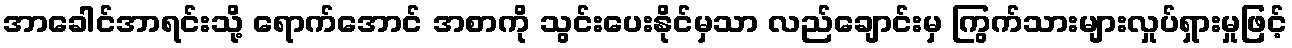
အာခေါင်အာရင်းသို့ ရောက်အောင် အစာကို သွင်းပေးနိုင်မှသာ လည်ချောင်းမှ ကြွက်သားများလှုပ်ရှားမှုဖြင့်